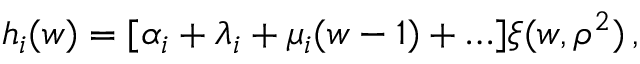
h _ { i } ( w ) = [ \alpha _ { i } + \lambda _ { i } + \mu _ { i } ( w - 1 ) + \ldots ] \xi ( w , \rho ^ { 2 } ) \, ,